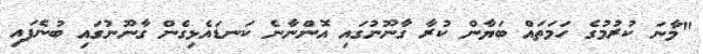
"މާނަ ކުރުމުގެ ހަމަތައް ބަޔާން ކުރާ ގާނޫނުގައި އޮންނާނެ ކަނޑައެޅިގެން ގާނޫނުގައި ބުނެފައި